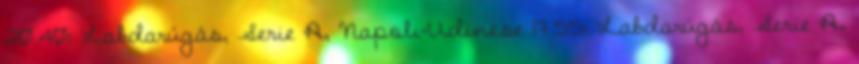
20.40: Labdarúgás, Serie A, Napoli-Udinese 17.55: Labdarúgás, Serie A,